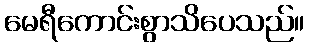
မေရီကောင်းစွာသိပေသည်။